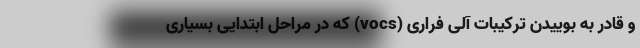
و قادر به بوییدن ترکیبات آلی فراری (vocs) که در مراحل ابتدایی بسیاری